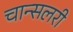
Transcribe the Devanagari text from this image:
चान्सलरी